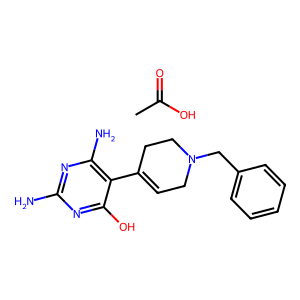
SMILES: CC(=O)O.Nc1nc(N)c(C2=CCN(Cc3ccccc3)CC2)c(O)n1
Inhibits HIV replication: No